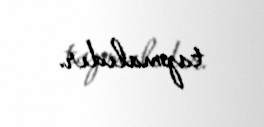
tapmalıdır.